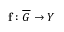
\mathbf { f } : \overline { { G } } \to Y